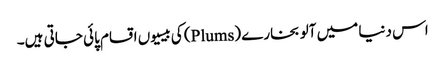
اس دنیا میں آلو بخارے (Plums) کی بیسیوں اقسام پائی جاتی ہیں۔